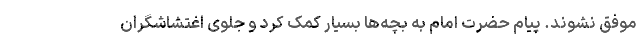
موفق نشوند. پیام حضرت امام به بچه‌ها بسیار کمک کرد و جلوی اغتشاشگران